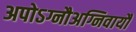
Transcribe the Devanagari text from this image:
अपोऽग्नौअग्निवायौ